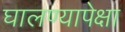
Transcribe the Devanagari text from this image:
घालण्यापेक्षा